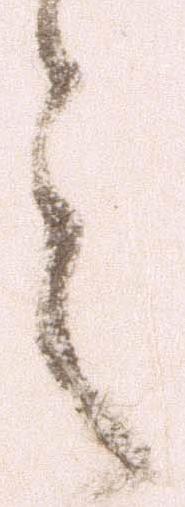
之